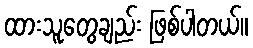
ထားသူတွေချည်း ဖြစ်ပါတယ်။